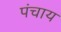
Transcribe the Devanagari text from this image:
पंचाय